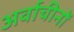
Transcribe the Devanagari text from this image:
अर्वाचीनों